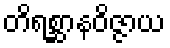
တိရစ္ဆာနဝိဇ္ဇာယ